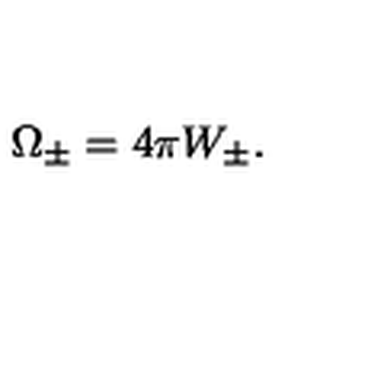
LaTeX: \Omega _ { \pm } = 4 \pi W _ { \pm } .